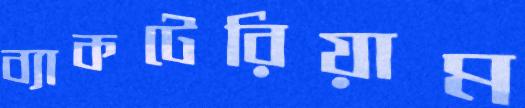
ব্যাকটেরিয়াম